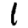
Digit: 1